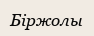
Біржолы